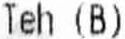
TEH (B)